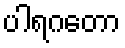
ပါရဂတော